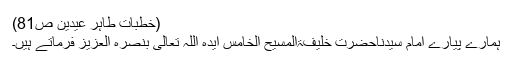
(خطبات طاہر عیدین ص81)
ہمارے پیارے اِمام سیدناحضرت خلیفۃالمسیح الخامس اَیَّدَہُ اللّٰہُ تَعَالیٰ بِنَصْرِہِ الْعَزِیْز فرماتے ہیں۔